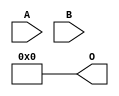
// This program was cloned from: https://github.com/ehw-fit/evoapproxlib
// License: MIT License

/***
* This code is a part of EvoApproxLib library (ehw.fit.vutbr.cz/approxlib) distributed under The MIT License.
* When used, please cite the following article(s): V. Mrazek, L. Sekanina, Z. Vasicek "Libraries of Approximate Circuits: Automated Design and Application in CNN Accelerators" IEEE Journal on Emerging and Selected Topics in Circuits and Systems, Vol 10, No 4, 2020 
* This file contains a circuit from a sub-set of pareto optimal circuits with respect to the pwr and ep parameters
***/
// MAE% = 24.51 %
// MAE = 4016 
// WCE% = 98.05 %
// WCE = 16065 
// WCRE% = 100.00 %
// EP% = 98.05 %
// MRE% = 100.00 %
// MSE = 28960.286e3 
// PDK45_PWR = 0.000 mW
// PDK45_AREA = 0.0 um2
// PDK45_DELAY = 0.00 ns

module mul8x6u_51C (
    A,
    B,
    O
);

input [7:0] A;
input [5:0] B;
output [13:0] O;
assign O[13] = 1'b0;
assign O[12] = 1'b0;
assign O[11] = 1'b0;
assign O[10] = 1'b0;
assign O[9] = 1'b0;
assign O[8] = 1'b0;
assign O[7] = 1'b0;
assign O[6] = 1'b0;
assign O[5] = 1'b0;
assign O[4] = 1'b0;
assign O[3] = 1'b0;
assign O[2] = 1'b0;
assign O[1] = 1'b0;
assign O[0] = 1'b0;

endmodule